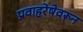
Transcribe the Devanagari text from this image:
प्रवाहरेषेवरून